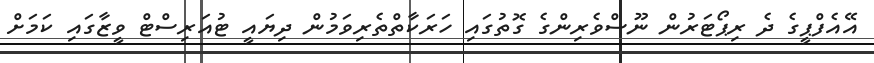
އޭއެފްޕީގެ ދެ ރިޕޯޓަރުން ނޫސްވެރިންގެ ގޮތުގައި ހަރަކާތްތެރިވަމުން ދިޔައީ ޓުއަރިސްޓް ވީޒާގައި ކަމަށް